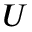
U